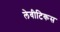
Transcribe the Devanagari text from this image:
लेवीटिकस